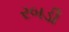
રબડી